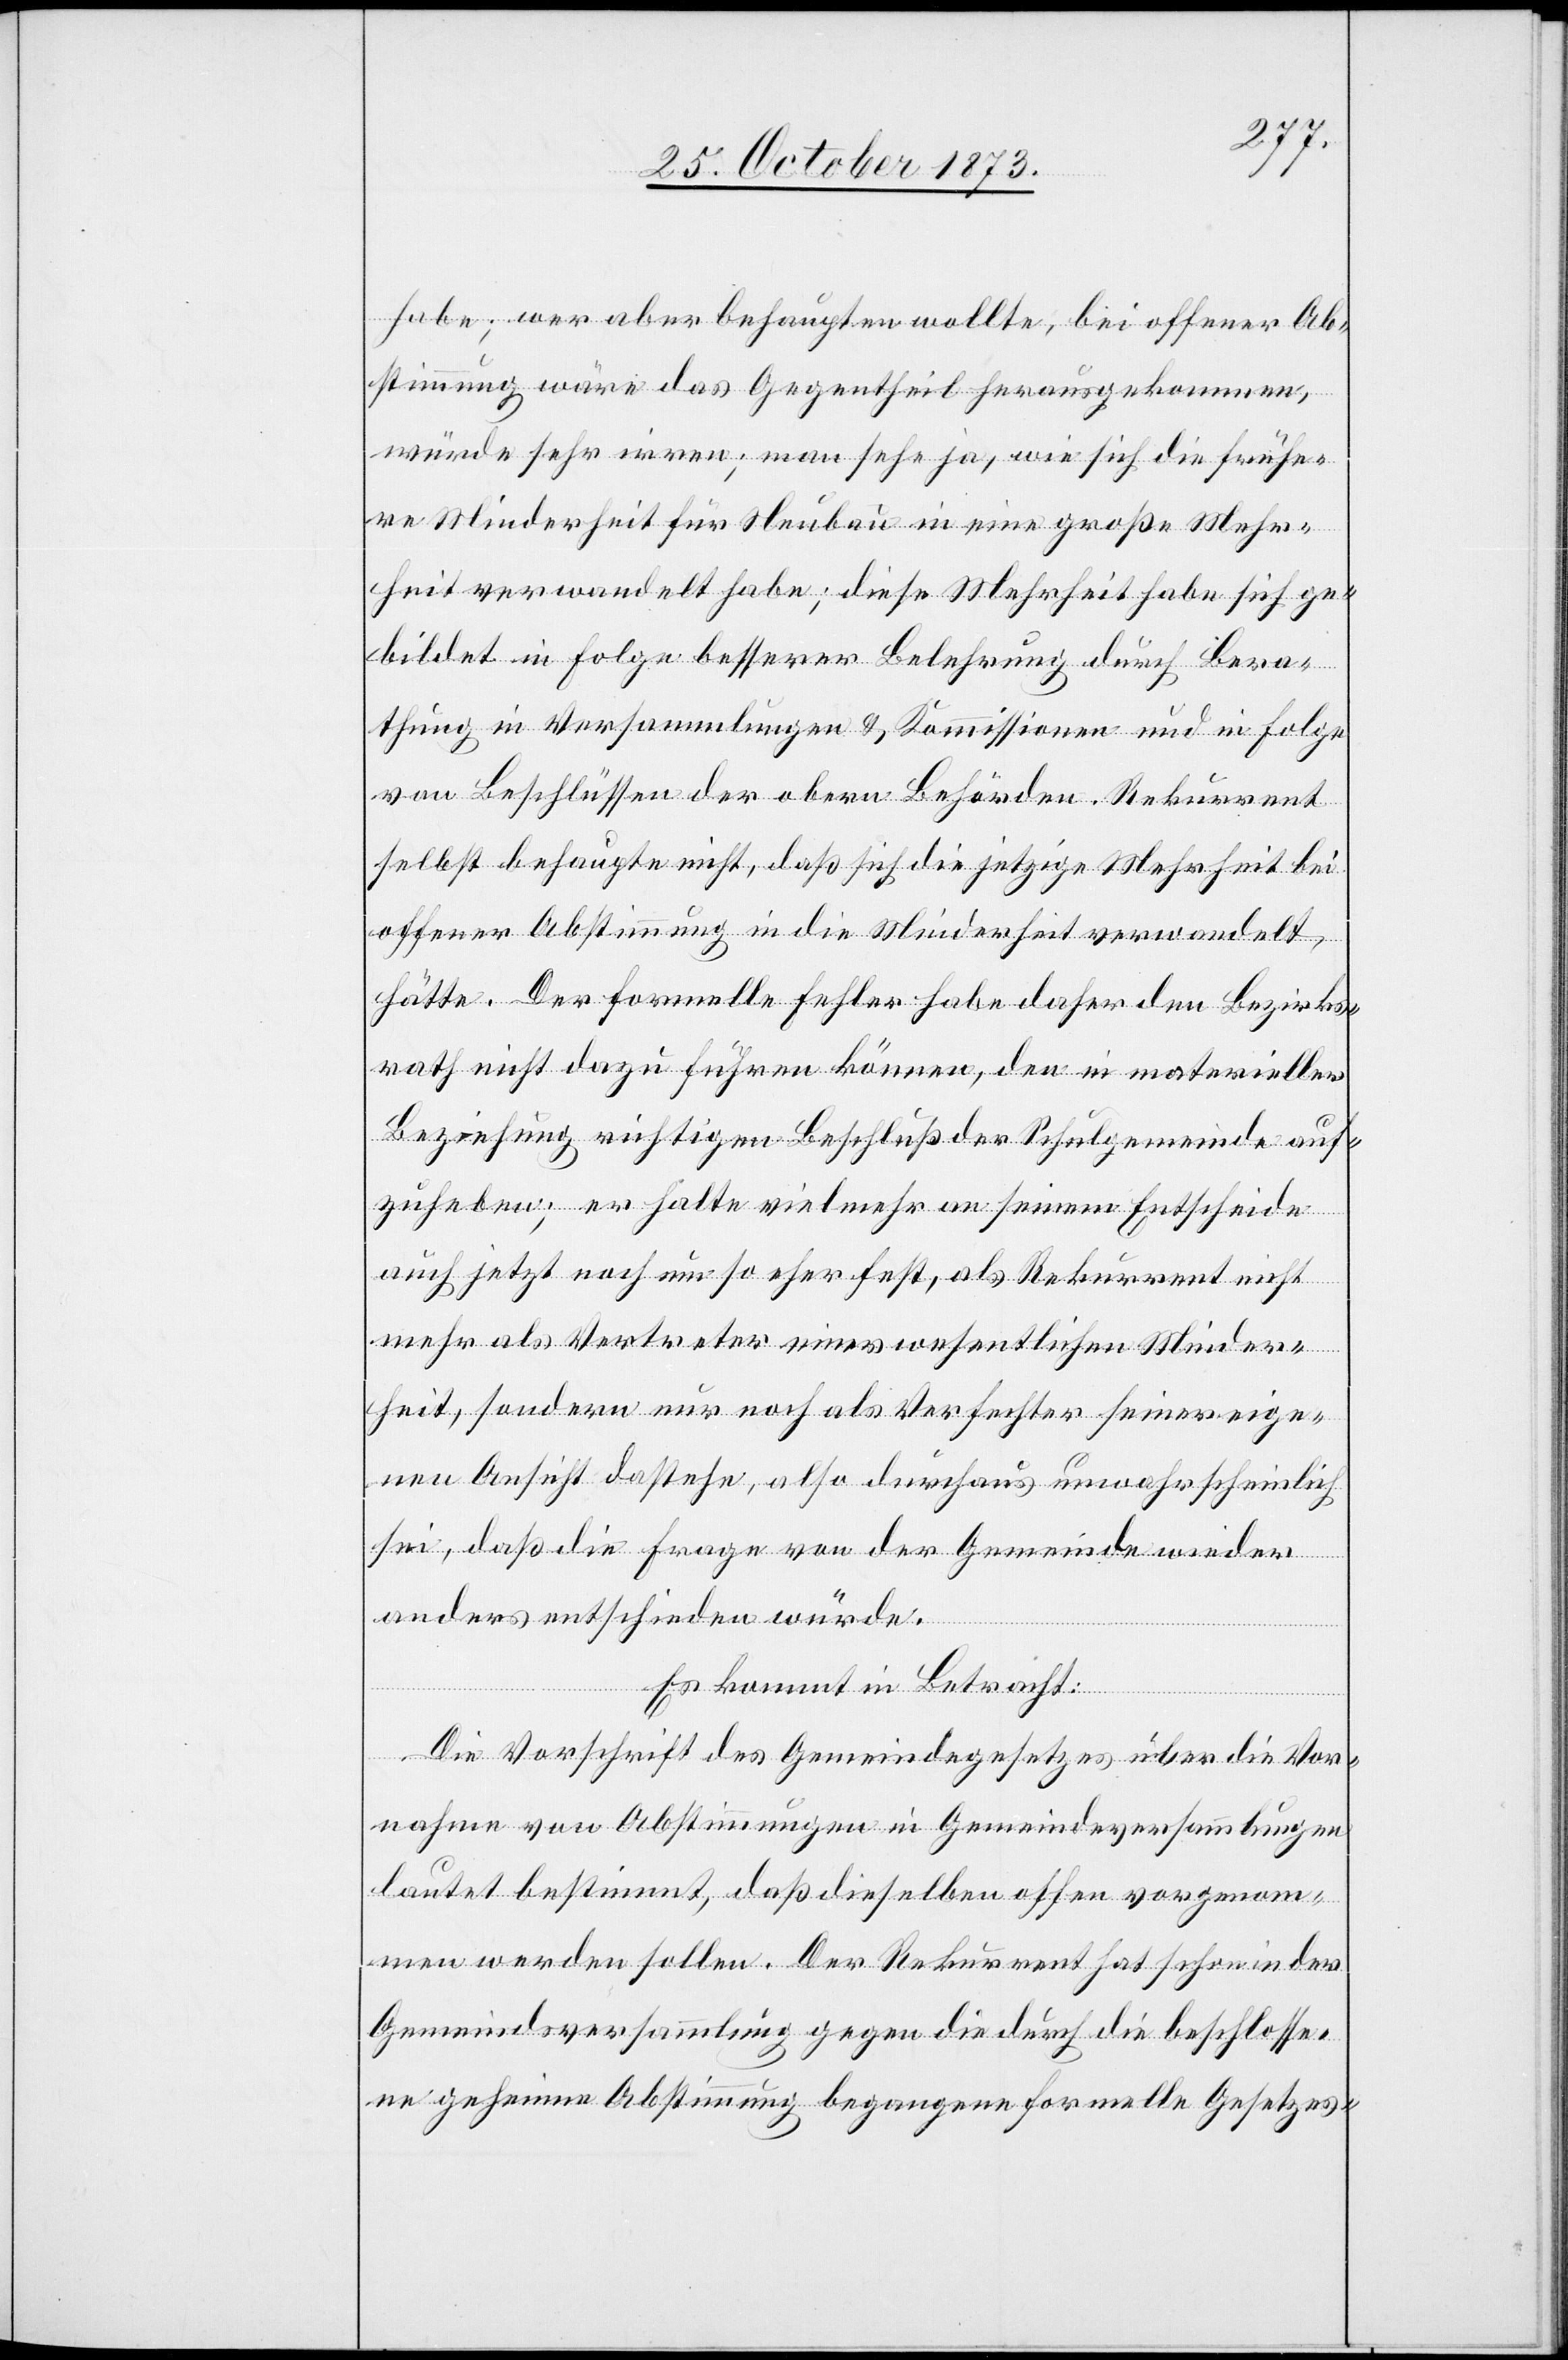
habe; wer aber behaupten wollte, bei offener Ab¬
stimmung wäre das Gegentheil herausgekommen,
würde sehr irren; man sehe ja, wie sich die frühe¬
re Minderheit für Neubau in eine große Mehr¬
heit verwandelt habe; diese Mehrheit habe sich ge¬
bildet in Folge besserer Belehrung durch Bera¬
thung in Versammlungen & Kommissionen und in Folge
von Beschlüssen der obern Behörden. Rekurrent
selbst behaupte nicht, daß sich die jetzige Mehrheit bei
offener Abstimmung in die Minderheit verwandelt
hätte. Der formelle Fehler habe daher den Bezirks¬
rath nicht dazu führen können, den in materieller
Beziehung richtigen Beschluß der Schulgemeinde auf¬
zuheben; er halte vielmehr an seinem Entscheide
auch jetzt noch um so eher fest, als Rekurrent nicht
mehr als Vertreter einer wesentlichen Minder¬
heit, sondern nur noch als Verfechter seiner eige¬
nen Ansicht dastehe, also durchaus unwahrscheinlich
sei, daß die Frage von der Gemeinde wieder
anders entschieden würde.
Es kommt in Betracht:
Die Vorschrift des Gemeindegesetzes über die Vor¬
nahme von Abstimmungen in Gemeindeversammlungen
lautet bestimmt, daß dieselben offen vorgenom¬
men werden sollen. Der Rekurrent hat schon in der
Gemeindsversammlung gegen die durch die beschlosse¬
ne geheime Abstimmung begangene formelle Gesetzes-